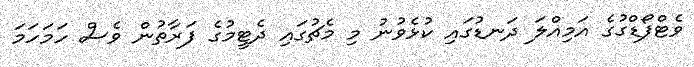
ވެޓްފޯޑްގުގެ އަމިއްލަ ދަނޑުގައި ކުޅެވުނު މި މެޗުގައި ދެޓީމުގެ ފަރާތުން ވެސް ހަމަހަމަ